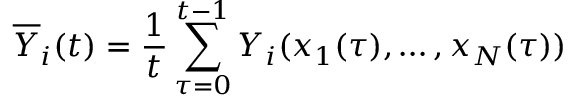
{ \overline { { Y } } } _ { i } ( t ) = { \frac { 1 } { t } } \sum _ { \tau = 0 } ^ { t - 1 } Y _ { i } ( x _ { 1 } ( \tau ) , \ldots , x _ { N } ( \tau ) )